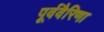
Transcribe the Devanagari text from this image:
पूर्ववैरिणा